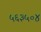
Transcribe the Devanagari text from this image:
५६३५०४